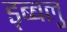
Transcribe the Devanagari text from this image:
ड्ब्बलु